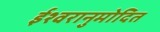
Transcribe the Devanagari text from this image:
ईश्वरानुमोदित